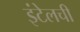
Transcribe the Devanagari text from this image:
इंटेलची